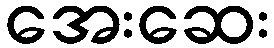
အေးဆေး